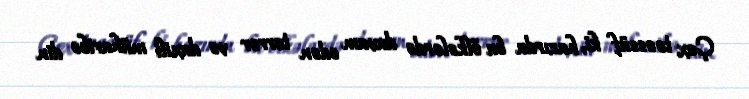
Çox təəssüf ki, hazırda bu ölkələrdə davam edən terror və daxili müharibə din